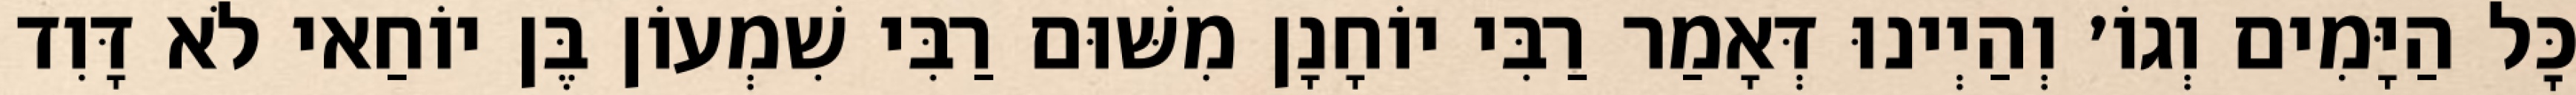
כׇּל הַיָּמִים וְגוֹ׳ וְהַיְינוּ דְּאָמַר רַבִּי יוֹחָנָן מִשּׁוּם רַבִּי שִׁמְעוֹן בֶּן יוֹחַאי לֹא דָּוִד